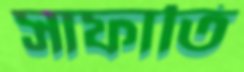
সাফাতি